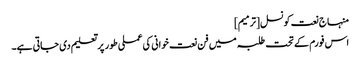
منہاج نعت کونسل[ترمیم]
اس فورم کے تحت طلبہ میں فن نعت خوانی کی عملی طور پر تعلیم دی جاتی ہے۔